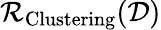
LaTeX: \mathcal{R}_{\mathrm{{Clustering}}}({\mathcal{{D}}})